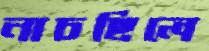
নাচছিলে